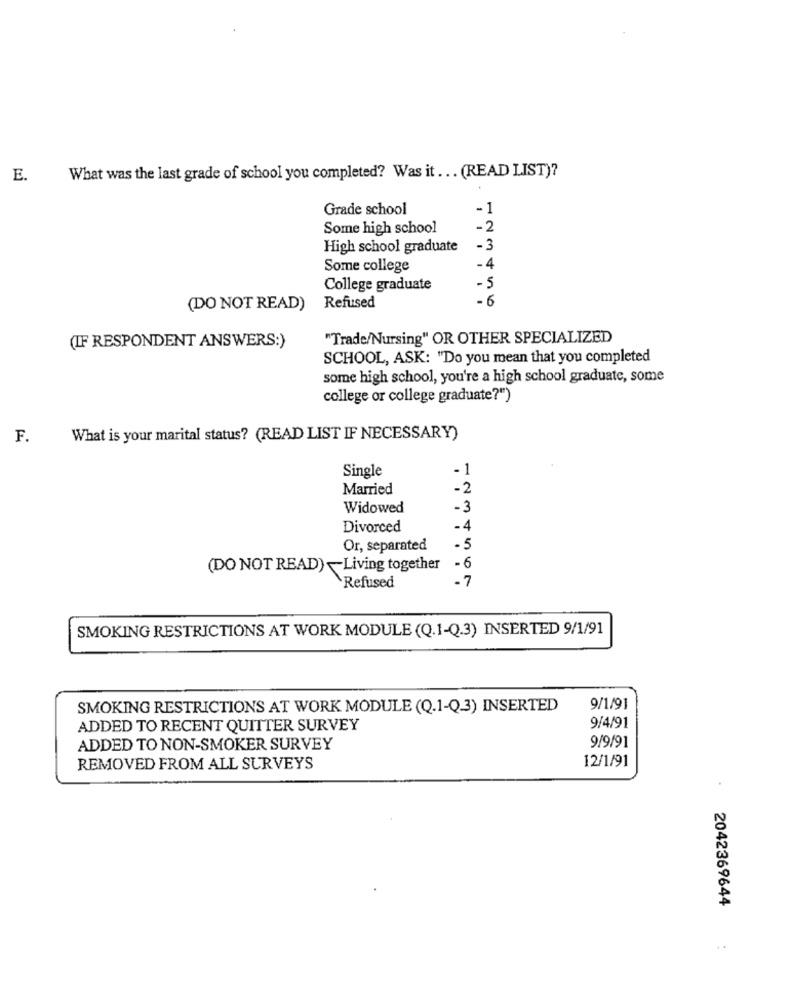
E.
What was the last grade of school you completed? Was it ... (READ LIST)?
Grade school
Some high school
-2
High school graduate
-3
Some college
-4
College graduate
-5
-6
(DO NOT READ)
Refused
"Trade/Nursing" OR OTHER SPECIALIZED
(IF RESPONDENT ANSWERS:)
SCHOOL, ASK: "Do you mean that you completed
some high school, you're a high school graduate, some
college or college graduate?"")
F.
What is your marital status? (READ LIST IF NECESSARY)
Single
-1
Married
-2
Widowed
-3
Divorced
.4
Or, separated
-5
-6
(DO NOT READ)-Living together
-7
Refused
SMOKING RESTRICTIONS AT WORK MODULE (Q.1-Q.3) INSERTED 9/1/91
SMOKING RESTRICTIONS AT WORK MODULE (Q.1-Q.3) INSERTED
9/1/91
ADDED TO RECENT QUITTER SURVEY
9/4/91
9/9/91
ADDED TO NON-SMOKER SURVEY
12/1/91
REMOVED FROM ALL SURVEYS
2042369644